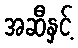
အဆီနှင့်